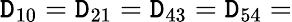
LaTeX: \mathtt{D}_{10}=\mathtt{D}_{21}=\mathtt{D}_{43}=\mathtt{D}_{54}=